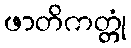
ဖာတိကတ္တုံ